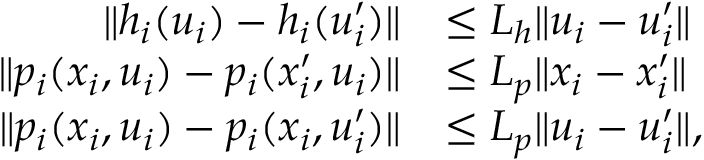
\begin{array} { r l } { \| h _ { i } ( u _ { i } ) - h _ { i } ( u _ { i } ^ { \prime } ) \| } & { \le L _ { h } \| u _ { i } - u _ { i } ^ { \prime } \| } \\ { \| p _ { i } ( x _ { i } , u _ { i } ) - p _ { i } ( x _ { i } ^ { \prime } , u _ { i } ) \| } & { \le L _ { p } \| x _ { i } - x _ { i } ^ { \prime } \| } \\ { \| p _ { i } ( x _ { i } , u _ { i } ) - p _ { i } ( x _ { i } , u _ { i } ^ { \prime } ) \| } & { \le L _ { p } \| u _ { i } - u _ { i } ^ { \prime } \| , } \end{array}